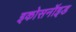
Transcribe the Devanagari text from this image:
इकोसनॉइड